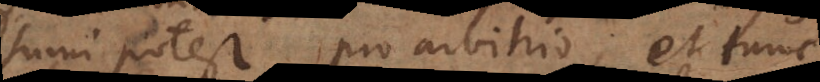
sumi potest pro arbitrio; et tunc